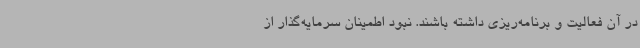
در آن فعالیت و برنامه‌ریزی داشته باشند. نبود اطمینان سرمایه‌گذار از